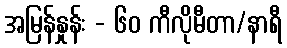
အမြန်နှုန်း - ၆၀ ကီလိုမီတာ/နာရီ